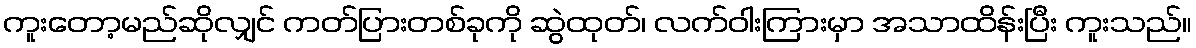
ကူးတော့မည်ဆိုလျှင် ကတ်ပြားတစ်ခုကို ဆွဲထုတ်၊ လက်ဝါးကြားမှာ အသာထိန်းပြီး ကူးသည်။